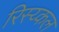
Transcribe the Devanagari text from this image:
रिस्य्कल